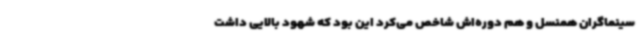
سینماگران همنسل و هم دوره‌اش شاخص می‌کرد این بود که شهود بالایی داشت